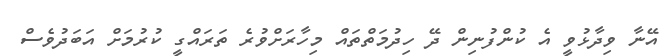
އޭނާ ވިދާޅުވީ އެ ކުންފުނިން ދޭ ހިދުމަތްތައް މިހާރަށްވުރެ ތަރައްގީ ކުރުމަށް އަބަދުވެސް